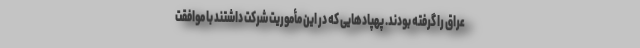
عراق را گرفته بودند. پهپادهایی که در این مأموریت شرکت داشتند با موافقت